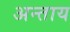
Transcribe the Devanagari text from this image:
अन्ताय